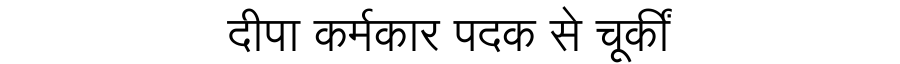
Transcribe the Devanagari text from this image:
दीपा कर्मकार पदक से चूकीं